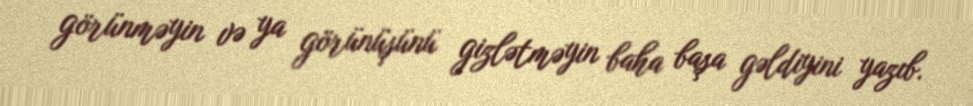
görünməyin və ya görünüşünü gizlətməyin baha başa gəldiyini yazıb.